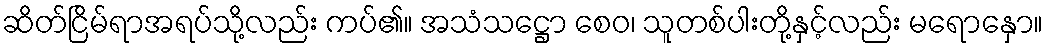
ဆိတ်ငြိမ်ရာအရပ်သို့လည်း ကပ်၏။ အသံသဋ္ဌော စေဝ၊ သူတစ်ပါးတို့နှင့်လည်း မရောနှော။